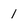
Character: 1